Report of the King Institute of Preventive Medicine, Guindy
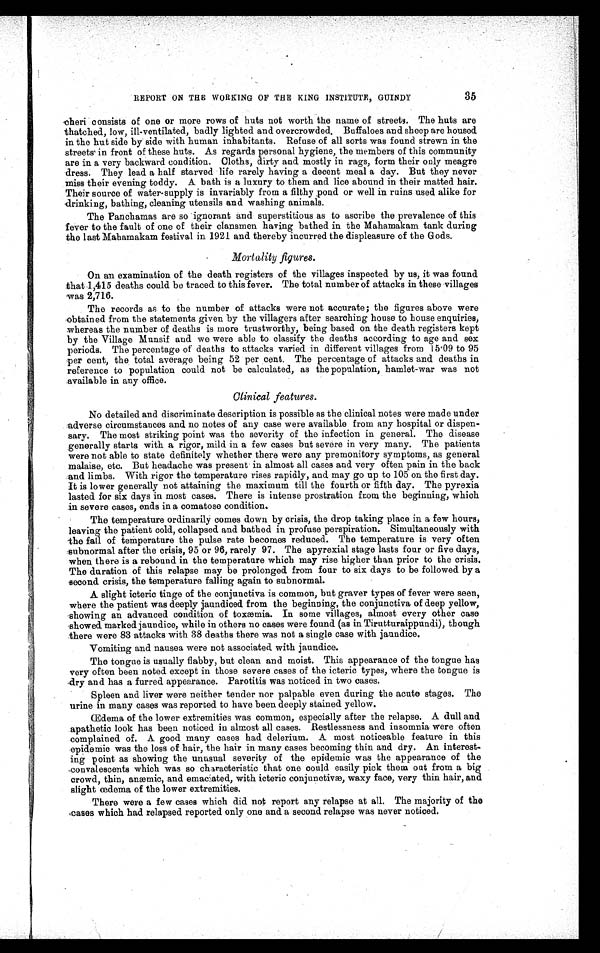
35
REPORT ON THE WORKING OF THE KING INSTITUTE, GUINDY
cheri consists of one or more rows of huts not worth the name of streets. The huts are
thatched, low, ill-ventilated, badly lighted and overcrowded. Buffaloes and sheep are housed
in the hut side by side with human inhabitants. Refuse of all sorts was found strewn in the
streets in front of these huts. As regards personal hygiene, the members of this community
are in a very backward condition. Cloths, dirty and mostly in rags, form their only meagre
dress. They lead a half starved life rarely having a decent meal a day. But they never
miss their evening toddy. A bath is a luxury to them and lice abound in their matted hair.
Their source of water-supply is invariably from a filthy pond or well in ruins used alike for
drinking, bathing, cleaning utensils and washing animals.
The Panchamas are so ignorant and superstitious as to ascribe the prevalence of this
fever to the fault of one of their clansmen having bathed in the Mahamakam tank during
the last Mahamakam festival in 1921 and thereby incurred the displeasure of the Gods.
Mortality figures.
On an examination of the death registers of the villages inspected by us, it was found
that 1,415 deaths could be traced to this fever. The total number of attacks in these villages
was 2,716.
The records as to the number of attacks were not accurate; the figures above were
obtained from the statements given by the villagers after searching house to house enquiries,
whereas the number of deaths is more trustworthy, being based on the death registers kept
by the Village Munsif and we were able to classify the deaths according to age and sex
periods. The percentage of deaths to attacks varied in different villages from 15.09 to 95
per cent, the total average being 52 per cent. The percentage of attacks and deaths in
reference to population could not be calculated, as the population, hamlet-war was not
available in any office.
Clinical features.
No detailed and discriminate description is possible as the clinical notes were made under
adverse circumstances and no notes of any case were available from any hospital or dispen
-
sary. The most striking point was the severity of the infection in general. The disease
generally starts with a rigor, mild in a few cases but severe in very many. The patients
were not able to state definitely whether there were any premonitory symptoms, as general
malaise, etc. But headache was present in almost all cases and very often pain in the back
and limbs. With rigor the temperature rises rapidly, and may go up to 105 on the first day.
It is lower generally not attaining the maximum till the fourth or fifth day. The pyrexia
lasted for six days in most cases. There is intense prostration from the beginning, which
in severe cases, ends in a comatose condition.
The temperature ordinarily comes down by crisis, the drop taking place in a few hours,
leaving the patient cold, collapsed and bathed in profuse perspiration. Simultaneously with
the fall of temperature the pulse rate becomes reduced. The temperature is very often
subnormal after the crisis, 95 or 96, rarely 97. The apyrexial stage lasts four or five days,
when there is a rebound in the temperature which may rise higher than prior to the crisis.
The duration of this relapse may be prolonged from four to six days to be followed by a
second crisis, the temperature falling again to subnormal.
A slight icteric tinge of the conjunctiva is common, but graver types of fever were seen,
where the patient was deeply jaundiced from the beginning, the conjunctiva of deep yellow,
showing an advanced condition of toxæmia. In some villages, almost every other case
showed marked jaundice, while in others no cases were found (as in Tirutturaippundi), though
there were 83 attacks with 38 deaths there was not a single case with jaundice.
Vomiting and nausea were not associated with jaundice.
The tongue is usually flabby, but clean and moist. This appearance of the tongue has
very often been noted except in those severe cases of the icteric types, where the tongue is
dry and has a furred appearance. Parotitis was noticed in two cases.
Spleen and liver were neither tender nor palpable even during the acute stages. The
urine in many cases was reported. to have been deeply stained yellow.
Œdema of the lower extremities was common, especially after the relapse. A dull and
apathetic look has been noticed in almost all cases. Restlessness and insomnia were often
complained of. A good many cases had delerium. A most noticeable feature in this
epidemic was the loss of hair, the hair in many cases becoming thin and dry. An interest
-
ing point as showing the unusual severity of the epidemic was the appearance of the
convalescents which was so characteristic that one could easily pick them out from a big
crowd, thin, anæmic
'
a n d e ma c i a t e d , wi t h i c t e r i c c o n j u n c t i v æ, wa x y f a c e , v e r y t h i n h a i r , a n d
slight œdema of the lower extremities.
There were a few cases which did not report any relapse at all. The majority of the
cases which had relapsed reported only one and a second relapse was never noticed.